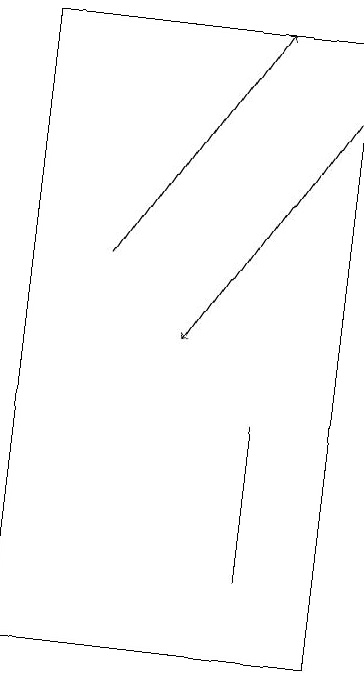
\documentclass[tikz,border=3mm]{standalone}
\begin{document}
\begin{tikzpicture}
\draw[->] (2,16) -- (4,19);
\draw (5,19) rectangle (1,11);
\draw (4,12) rectangle (4,14);
\draw[->] (5,18) -- (3,15);
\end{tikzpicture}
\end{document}